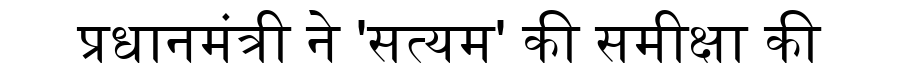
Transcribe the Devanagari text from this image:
प्रधानमंत्री ने 'सत्यम' की समीक्षा की